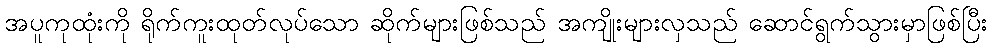
အပူကုထုံးကို ရိုက်ကူးထုတ်လုပ်သော ဆိုက်များဖြစ်သည် အကျိုးများလှသည် ဆောင်ရွက်သွားမှာဖြစ်ပြီး